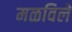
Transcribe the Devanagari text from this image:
मळविलें